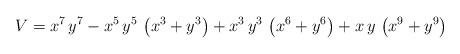
LaTeX: \begin{align*}V = {x^7}\,{y^7} - {x^5}\,{y^5}\,\left( {x^3} + {y^3} \right) + {x^3}\,{y^3}\,\left( {x^6} + {y^6} \right) + x\,y\,\left( {x^9} + {y^9} \right) \\\end{align*}